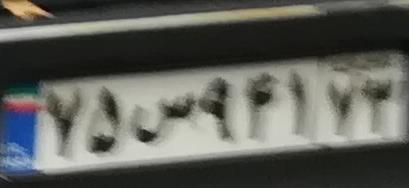
۷۵س۹۴۱۷۳